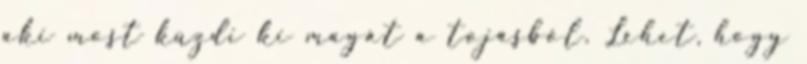
aki most küzdi ki magát a tojásból. Lehet, hogy